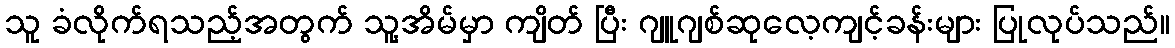
သူ ခံလိုက်ရသည့်အတွက် သူ့အိမ်မှာ ကျိတ် ပြီး ဂျူဂျစ်ဆုလေ့ကျင့်ခန်းများ ပြုလုပ်သည်။